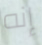
إنه